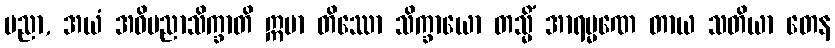
ပညာ, အယံ အဓိပညာသိက္ခာတိ ဣမာ တိဿော သိက္ခာယော တသ္မိံ အာရမ္မဏေ တာယ သတိယာ တေန